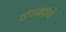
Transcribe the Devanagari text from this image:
तपस्व्यांचे